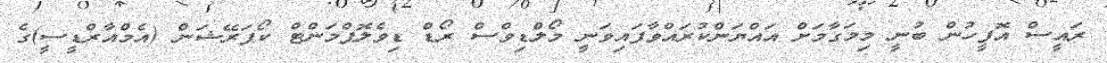
ރައީސް އޮފީހުން ބުނީ މިމަގާމަށް އައްޔަންކުރައްވާފައިވަނީ މޯލްޑިވްސް ރޯޑް ޑިވެލޮޕްމަންޓް ކޯޕަރޭޝަން (އެމްއާރްޑީސީ)ގެ